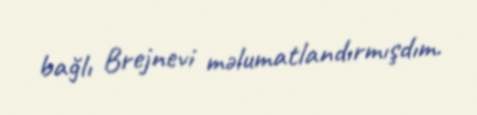
bağlı Brejnevi məlumatlandırmışdım.